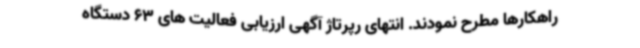
راهکارها مطرح نمودند. انتهای رپرتاژ آگهی ارزیابی فعالیت های 63 دستگاه